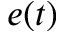
e ( t )